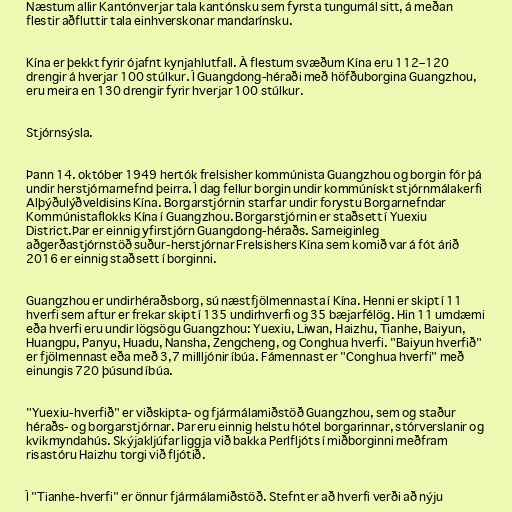
Næstum allir Kantónverjar tala kantónsku sem fyrsta tungumál sitt, á meðan
flestir aðfluttir tala einhverskonar mandarínsku.

Kína er þekkt fyrir ójafnt kynjahlutfall. Á flestum svæðum Kína eru 112–120
drengir á hverjar 100 stúlkur. Í Guangdong-héraði með höfðuborgina Guangzhou,
eru meira en 130 drengir fyrir hverjar 100 stúlkur.

Stjórnsýsla.

Þann 14. október 1949 hertók frelsisher kommúnista Guangzhou og borgin fór þá
undir herstjórnarnefnd þeirra. Í dag fellur borgin undir kommúnískt stjórnmálakerfi
Alþýðulýðveldisins Kína. Borgarstjórnin starfar undir forystu Borgarnefndar
Kommúnistaflokks Kína í Guangzhou. Borgarstjórnin er staðsett í Yuexiu
District.Þar er einnig yfirstjórn Guangdong-héraðs. Sameiginleg
aðgerðastjórnstöð suður-herstjórnar Frelsishers Kína sem komið var á fót árið
2016 er einnig staðsett í borginni.

Guangzhou er undirhéraðsborg, sú næstfjölmennasta í Kína. Henni er skipt í 11
hverfi sem aftur er frekar skipt í 135 undirhverfi og 35 bæjarfélög. Hin 11 umdæmi
eða hverfi eru undir lögsögu Guangzhou: Yuexiu, Liwan, Haizhu, Tianhe, Baiyun,
Huangpu, Panyu, Huadu, Nansha, Zengcheng, og Conghua hverfi. "Baiyun hverfið"
er fjölmennast eða með 3,7 millljónir íbúa. Fámennast er "Conghua hverfi" með
einungis 720 þúsund íbúa.

"Yuexiu-hverfið" er viðskipta- og fjármálamiðstöð Guangzhou, sem og staður
héraðs- og borgarstjórnar. Þar eru einnig helstu hótel borgarinnar, stórverslanir og
kvikmyndahús. Skýjakljúfar liggja við bakka Perlfljóts í miðborginni meðfram
risastóru Haizhu torgi við fljótið.

Í "Tianhe-hverfi" er önnur fjármálamiðstöð. Stefnt er að hverfi verði að nýju